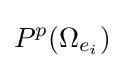
P^{p}(\Omega _{e_{i}})